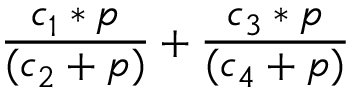
\frac { c _ { 1 } * p } { ( c _ { 2 } + p ) } + \frac { c _ { 3 } * p } { ( c _ { 4 } + p ) }